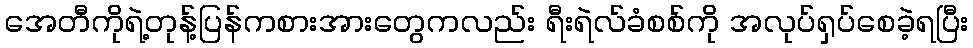
အေတီကိုရဲ့တုန့်ပြန်ကစားအားတွေကလည်း ရီးရဲလ်ခံစစ်ကို အလုပ်ရှပ်စေခဲ့ရပြီး